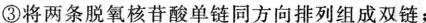
③将两条脱氧核苷酸单链同方向排列组成双链；